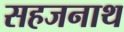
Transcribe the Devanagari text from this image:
सहजनाथ